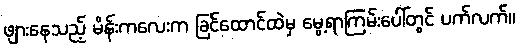
ဖျားနေသည့် မိန်းကလေးက ခြင်ထောင်ထဲမှ မွေ့ရာကြမ်းပေါ်တွင် ပက်လက်။